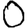
Digit: 0